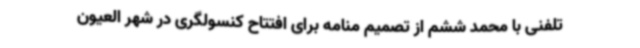
تلفنی با محمد ششم از تصمیم منامه برای افتتاح کنسولگری در شهر العیون